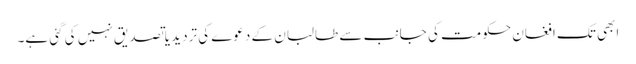
ابھی تک افغان حکومت کی جانب سے طالبان کے دعوے کی تردید یا تصدیق نہیں کی گئی ہے۔